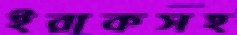
ইরাকসহ